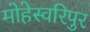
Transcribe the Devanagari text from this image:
मोहेस्वरिपुर